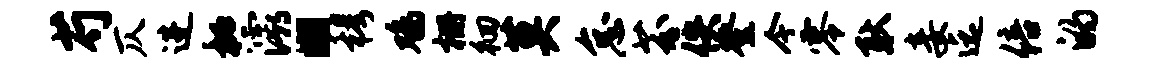
芍仄进秘灞“穆鸡栅徊莫怠芬佚登今零耿妾迄倍的